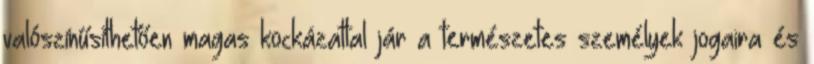
valószínűsíthetően magas kockázattal jár a természetes személyek jogaira és